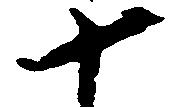
十